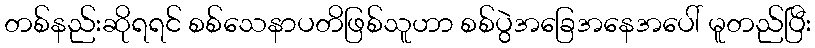
တစ်နည်းဆိုရရင် စစ်သေနာပတိဖြစ်သူဟာ စစ်ပွဲအခြေအနေအပေါ် မူတည်ပြီး